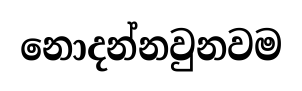
නොදන්නවුනවම